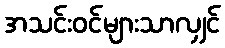
အသင်းဝင်များသာလျှင်